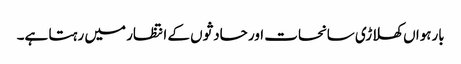
بارہواں کھلاڑی سانحات اور حادثوں کے انتظار میں رہتا ہے۔